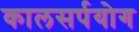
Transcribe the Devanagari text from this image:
कालसर्पयोग